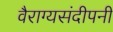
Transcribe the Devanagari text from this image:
वैराग्यसंदीपनी